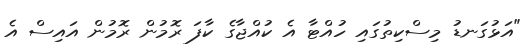
"އަޅުގަނޑު މިސްކިތުގައި ހުއްޓާ އެ ކުއްޖާގެ ކާފަ ރޮމުން ރޮމުން އައިސް އެ